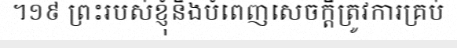
។១៩ ព្រះរបស់ខ្ញុំនឹងបំពេញសេចក្តីត្រូវការគ្រប់